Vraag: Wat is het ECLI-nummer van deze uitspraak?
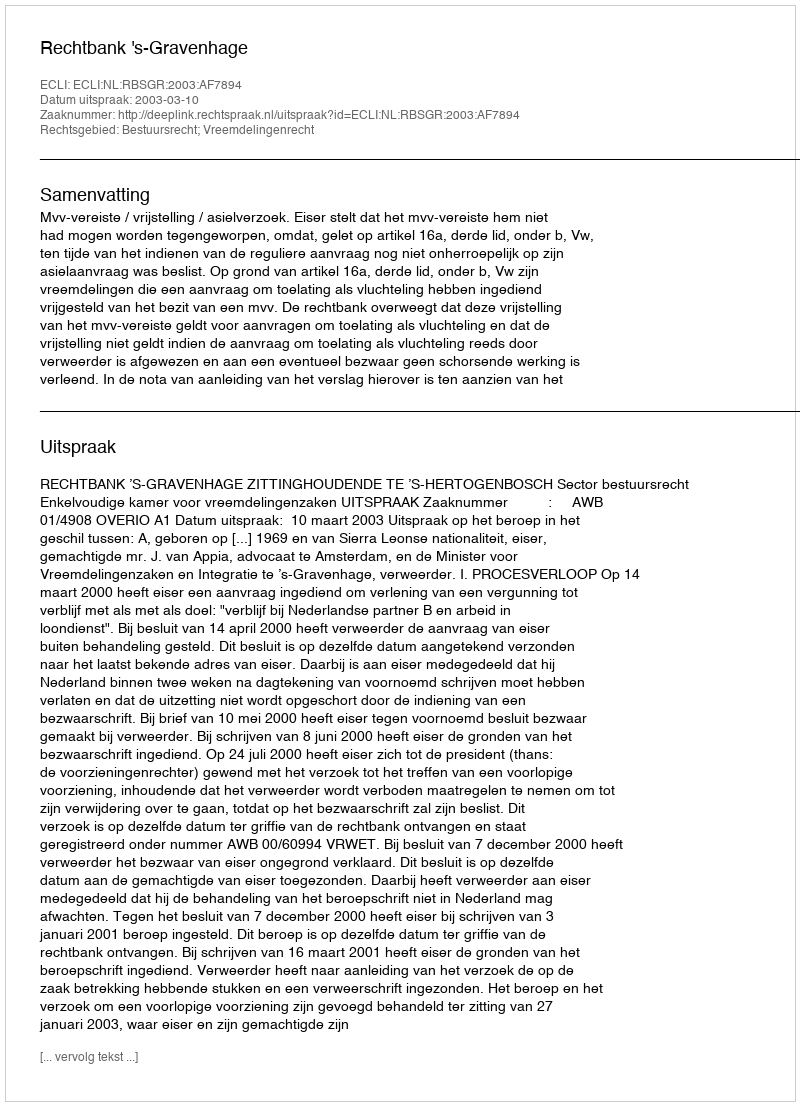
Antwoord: ECLI:NL:RBSGR:2003:AF7894